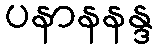
ပနာနနန္ဒ